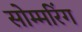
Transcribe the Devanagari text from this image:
सोम्मरिंग